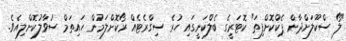
"ލޯ ސްކޫލަށްދާން ޕެކްކޮށްފިތަ" ކޮޓަރީގެ ބެލްކަނީގައި ހުރެ ސިގްރެޓެއް ރޯކޮށްލަމުން ހައިތަމް ސުވާލުކޮށްލިއެވެ.